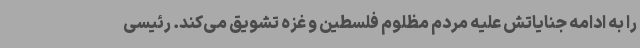
را به ادامه جنایاتش علیه مردم مظلوم فلسطین و غزه تشویق می‌کند. رئیسی